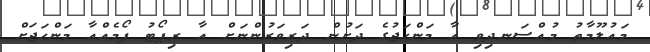
މައުލޫމާތު މުއްސަނދިވި އާ މަންހަޖުގެ ދަށުން ދަރިވަރުންނަށް އާ ރިޕޯޓު ފޯމެއްއާ މަންހަޖަށް